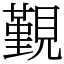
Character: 覲